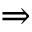
\Rightarrow